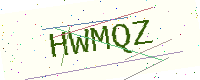
Text: HWMQZ